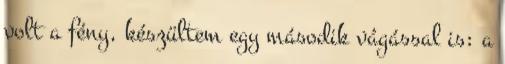
volt a fény, készültem egy második vágással is: a